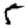
Digit: 5